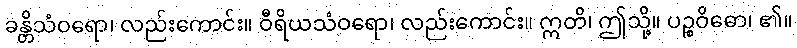
ခန္တိသံဝရော၊ လည်းကောင်း။ ဝီရိယသံဝရော၊ လည်းကောင်း။ ဣတိ၊ ဤသို့။ ပဉ္စဝိဓော၊ ၏။